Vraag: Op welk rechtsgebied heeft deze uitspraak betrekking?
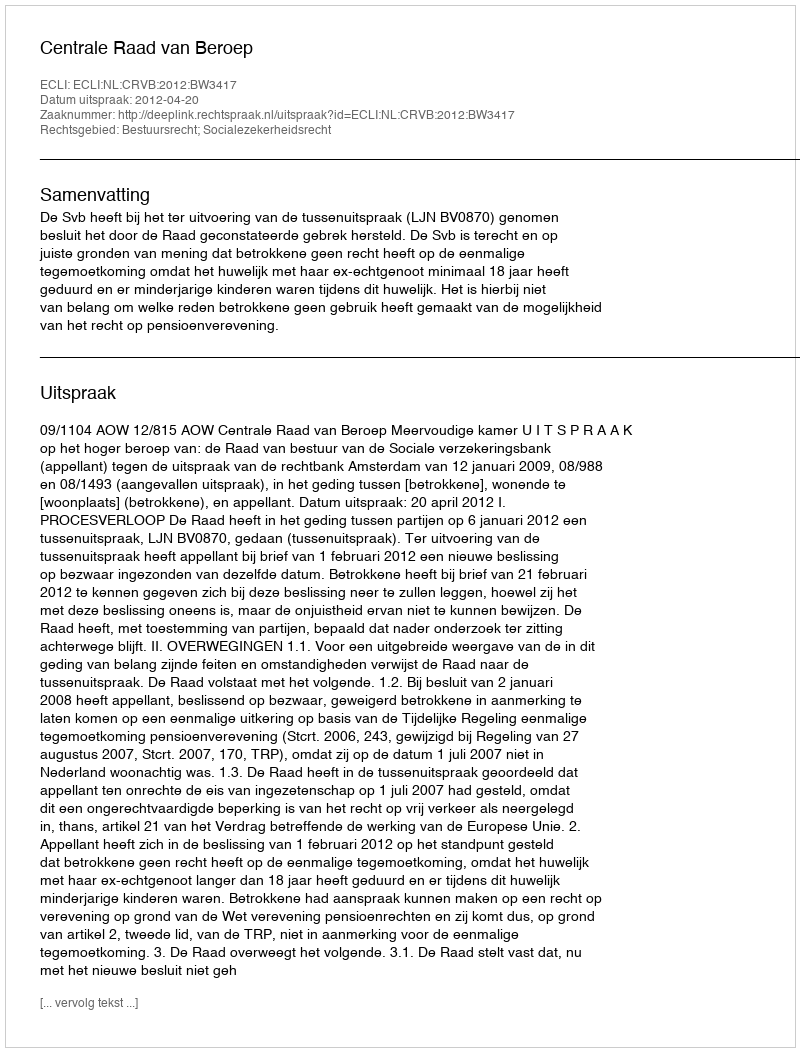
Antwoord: Bestuursrecht; Socialezekerheidsrecht